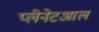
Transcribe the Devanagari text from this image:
प्लैनेटआल